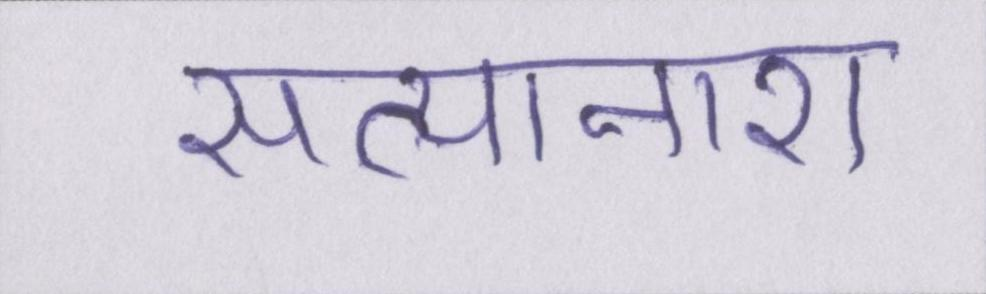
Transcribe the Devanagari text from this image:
सत्यानाश